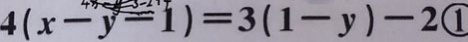
4 ( x - y - 1 ) = 3 ( 1 - y ) - 2 \textcircled { 1 }